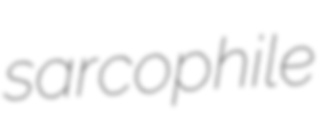
sarcophile